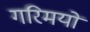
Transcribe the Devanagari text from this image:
गरिमयों